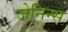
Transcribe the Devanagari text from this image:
जेनिन्स